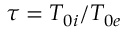
\tau = T _ { 0 i } / T _ { 0 e }